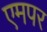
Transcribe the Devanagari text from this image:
एमपर